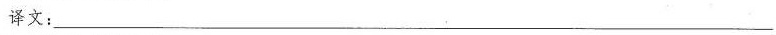
译文：___